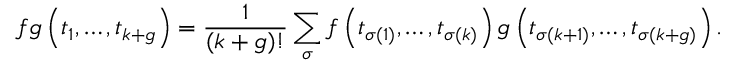
f g \left( t _ { 1 } , \dots , t _ { k + g } \right) = \frac { 1 } { ( k + g ) ! } \sum _ { \sigma } f \left( t _ { \sigma ( 1 ) } , \dots , t _ { \sigma ( k ) } \right) g \left( t _ { \sigma ( k + 1 ) } , \dots , t _ { \sigma ( k + g ) } \right) .